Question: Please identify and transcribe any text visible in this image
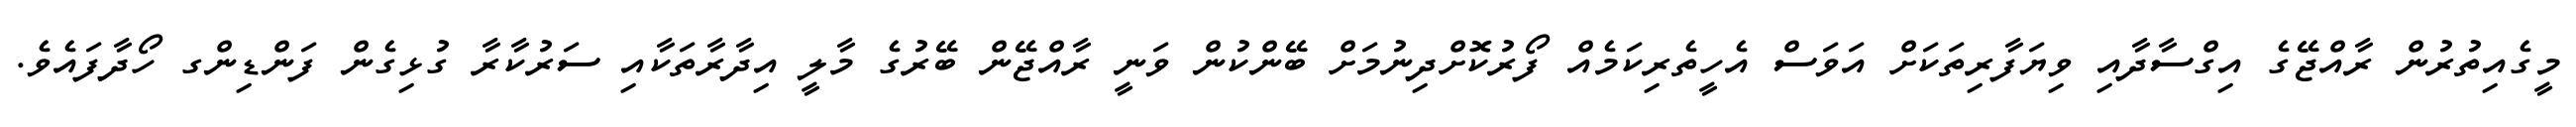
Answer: މީގެއިތުރުން ރާއްޖޭގެ އިގްސާދާއި ވިޔަފާރިތަކަށް އަވަސް އެހީތެރިކަމެއް ފޯރުކޮށްދިނުމަށް ބޭންކުން ވަނީ ރާއްޖޭން ބޭރުގެ މާލީ އިދާރާތަކާއި ސަރުކާރާ ގުޅިގެން ފަންޑިންގ ހޯދާފައެވެ.